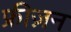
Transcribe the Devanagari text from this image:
फ्रीज़न